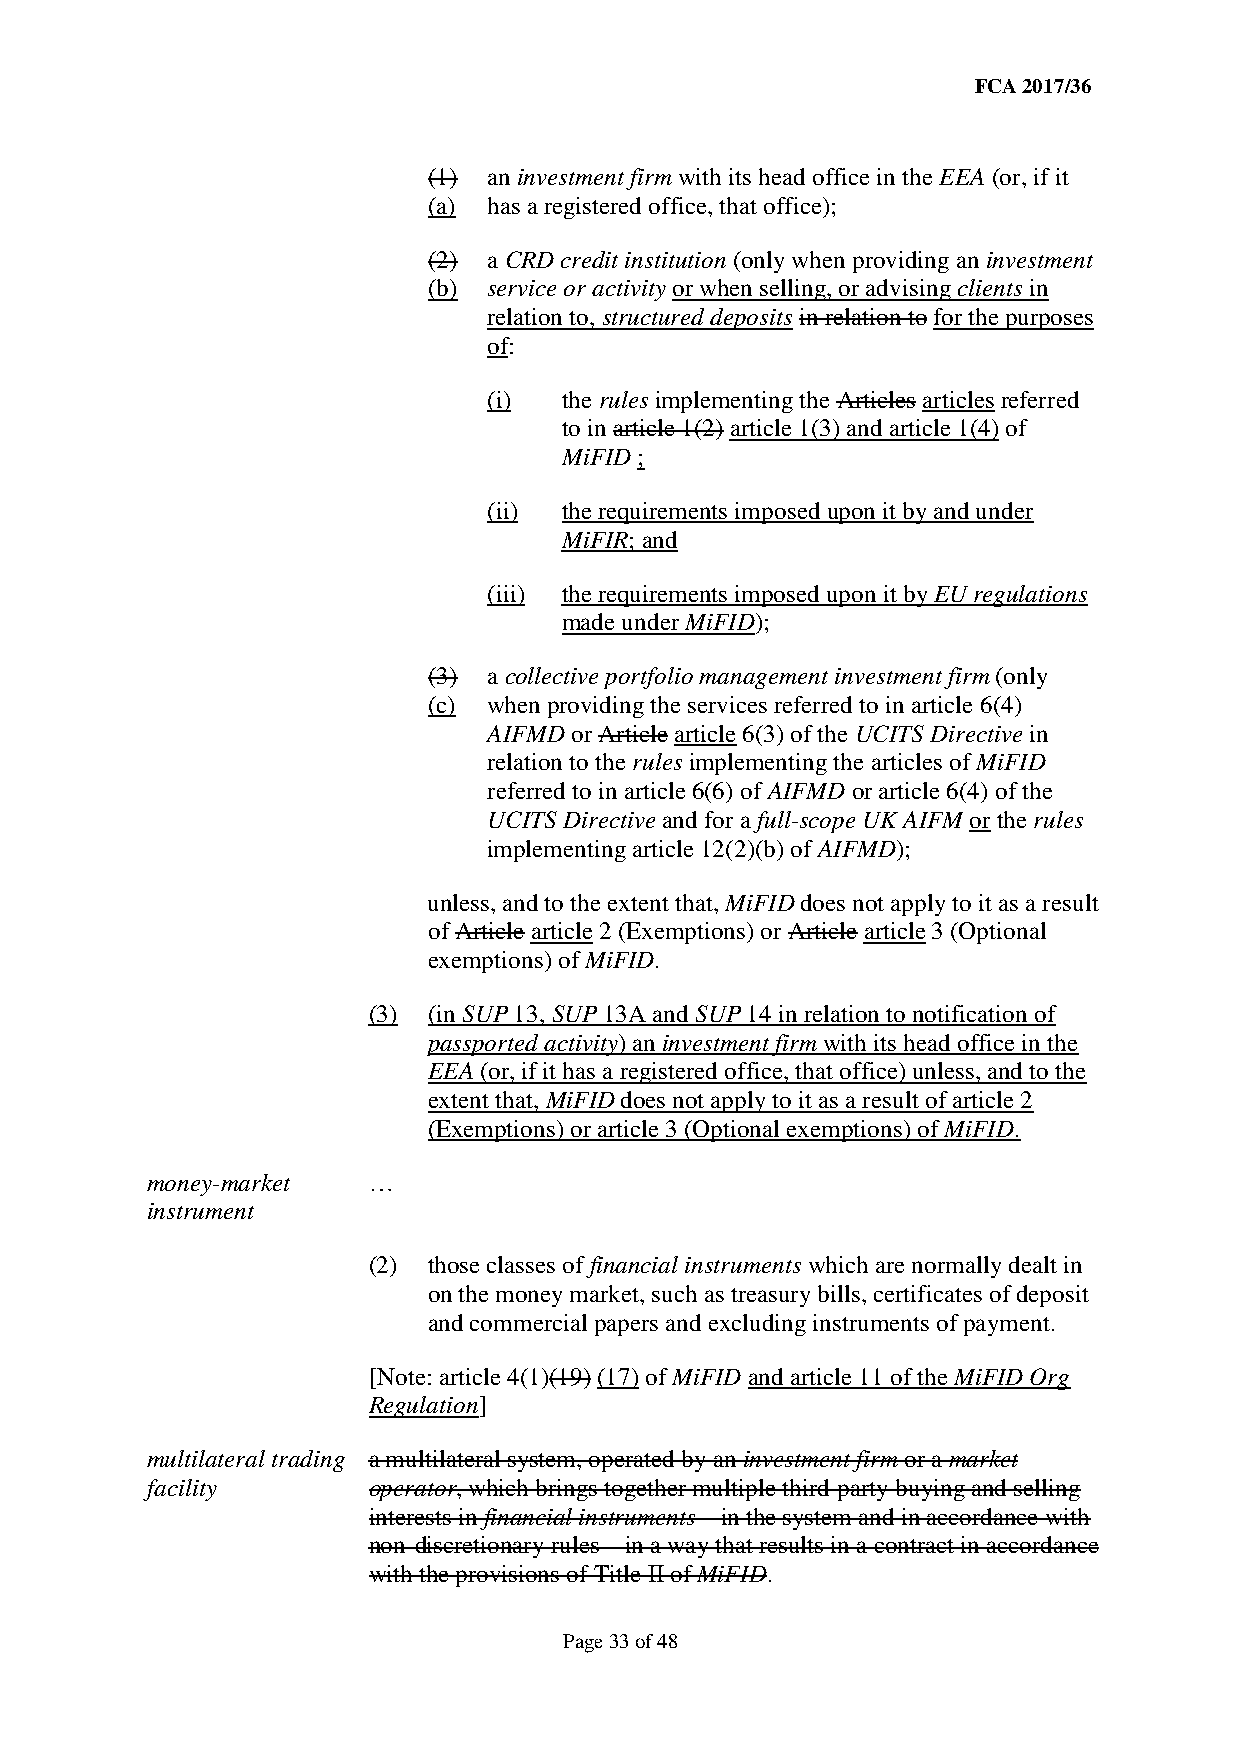
FCA 2017/36
 (1) an investment firm with its head office in the EEA (or, if it
 (a) has a registered office, that office);
 (2) a CRD credit institution (only when providing an investment
 (b) service or activity or when selling, or advising clients in
 relation to, structured deposits in relation to for the purposes
 of:
 (i)  the rules implementing the Articles articles referred
 to in article 1(2) article 1(3) and article 1(4) of
 MiFID ;
 (ii) the requirements imposed upon it by and under
 MiFIR; and
 (iii) the requirements imposed upon it by EU regulations
 made under MiFID);
 (3) a collective portfolio management investment firm (only
 (c) when providing the services referred to in article 6(4)
 AIFMD or Article article 6(3) of the UCITS Directive in
 relation to the rules implementing the articles of MiFID
 referred to in article 6(6) of AIFMD or article 6(4) of the
 UCITS Directive and for a full-scope UK AIFM or the rules
 implementing article 12(2)(b) of AIFMD);
 unless, and to the extent that, MiFID does not apply to it as a result
 of Article article 2 (Exemptions) or Article article 3 (Optional
 exemptions) of MiFID.
 (3) (in SUP 13, SUP 13A and SUP 14 in relation to notification of
 passported activity) an investment firm with its head office in the
 EEA (or, if it has a registered office, that office) unless, and to the
 extent that, MiFID does not apply to it as a result of article 2
 (Exemptions) or article 3 (Optional exemptions) of MiFID.
 money-market  …
 instrument
 (2) those classes of financial instruments which are normally dealt in
 on the money market, such as treasury bills, certificates of deposit
 and commercial papers and excluding instruments of payment.
 [Note: article 4(1)(19) (17) of MiFID and article 11 of the MiFID Org
 Regulation]
 multilateral trading a multilateral system, operated by an investment firm or a market
 facility      operator, which brings together multiple third-party buying and selling
 interests in financial instruments – in the system and in accordance with
 non-discretionary rules – in a way that results in a contract in accordance
 with the provisions of Title II of MiFID.
 Page 33 of 48